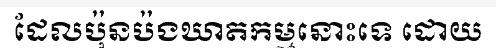
ដែលប៉ុនប៉ងឃាតកម្មនោះទេ ដោយ